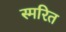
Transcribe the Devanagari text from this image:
स्मरित